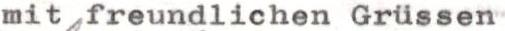
mitfreundlichen Grissen